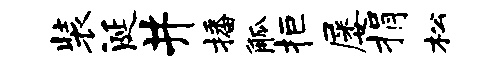
装涎井播觚拒屡捐松